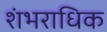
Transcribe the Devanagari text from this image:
शंभराधिक